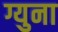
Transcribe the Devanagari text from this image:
ग्युना